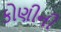
કોણીની